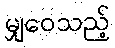
မျှဝေသည့်